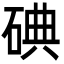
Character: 碘